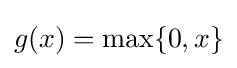
g(x)=\max\{0,x\}